Lunatic asylums Madras 1892-1911 - 1892-1911
Year: 1892
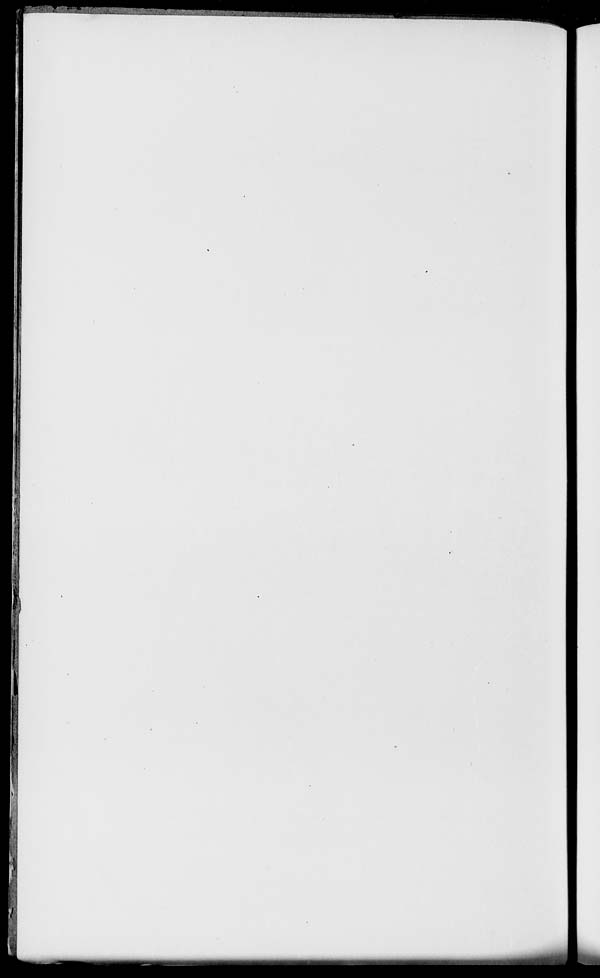
I
I
i
I